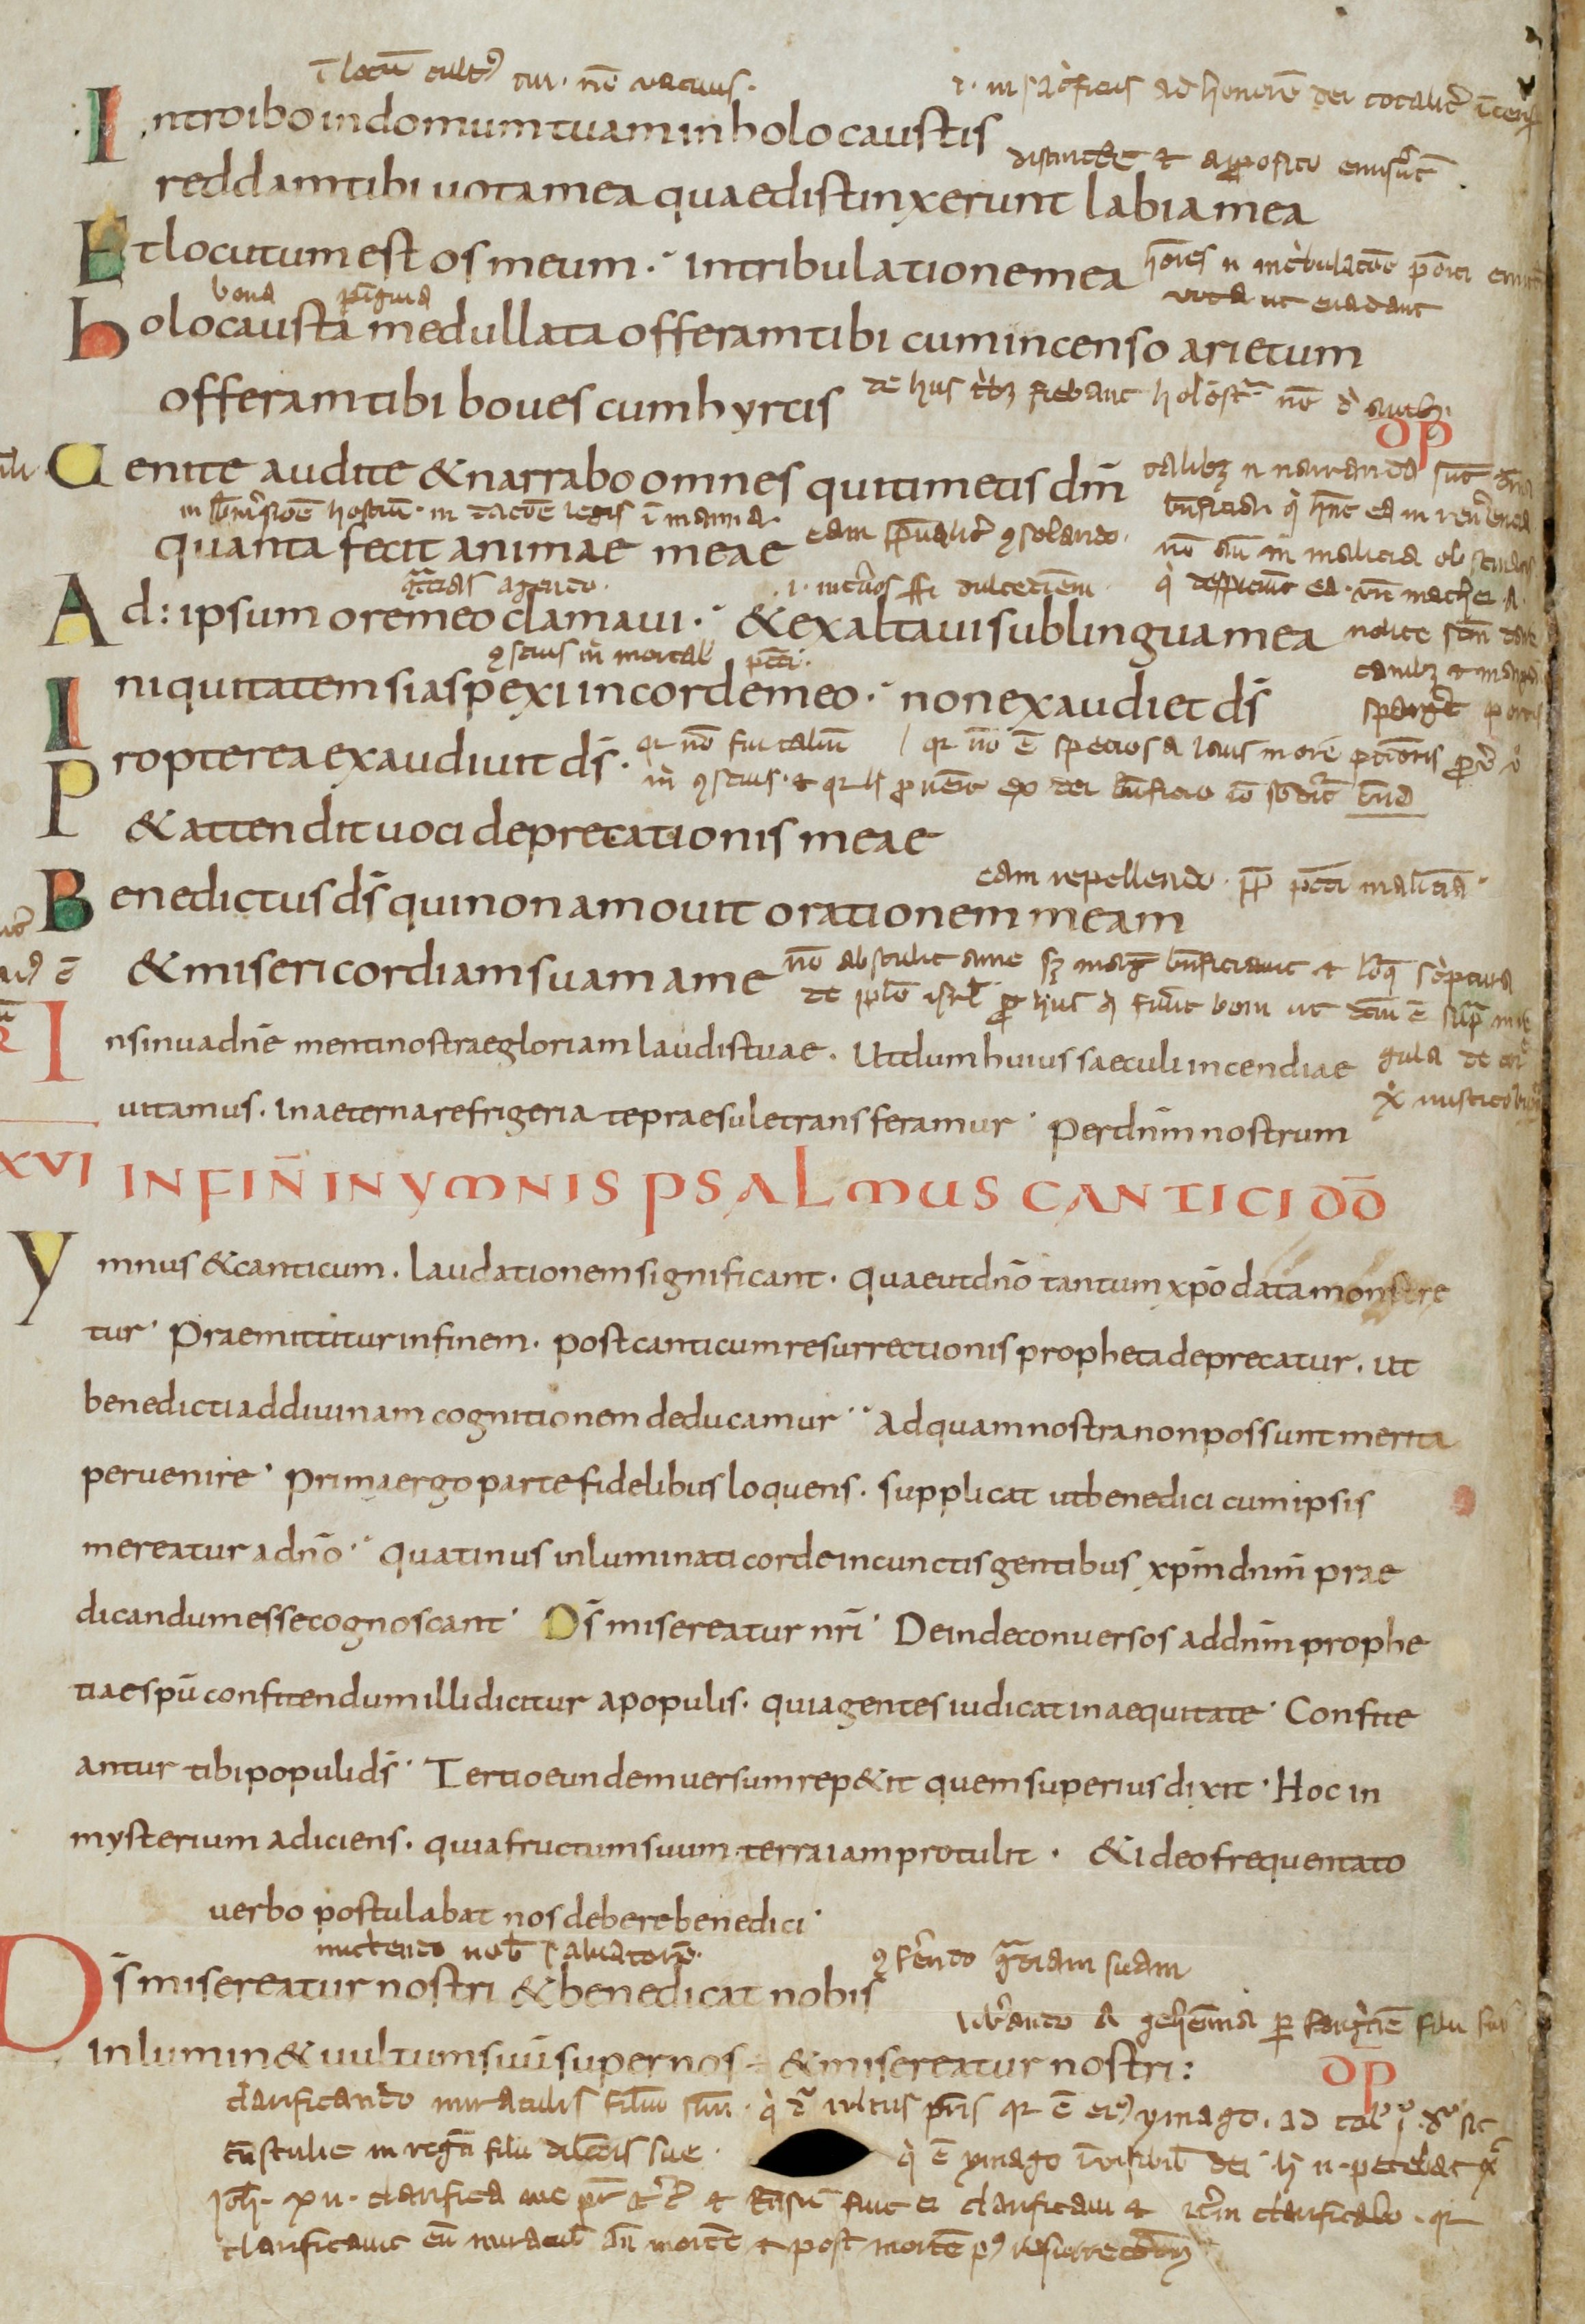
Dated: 800–899